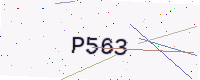
Text: P563